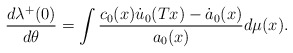
\begin{align*}\frac{d\lambda\sp+(0)}{d\theta}=\int\frac{c_0(x) \dot u_0(Tx)-\dot a_0(x)}{a_0(x)}d\mu(x).\end{align*}